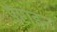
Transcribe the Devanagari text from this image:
पेप्टाइन